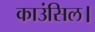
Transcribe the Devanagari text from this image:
काउंसिल।